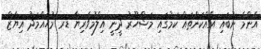
އެންމެ ނުބައި އެއްކަންތައް ކަމުގައި މަޝްހޫރު ދީނީ އިލްމުވެރިޔާ ޑރ މުހައްމަދު އިޔާޒް